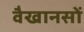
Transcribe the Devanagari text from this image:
वैखानसों